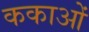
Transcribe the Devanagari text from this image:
ककाओं